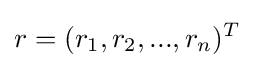
r=(r_{1},r_{2},...,r_{n})^{T}